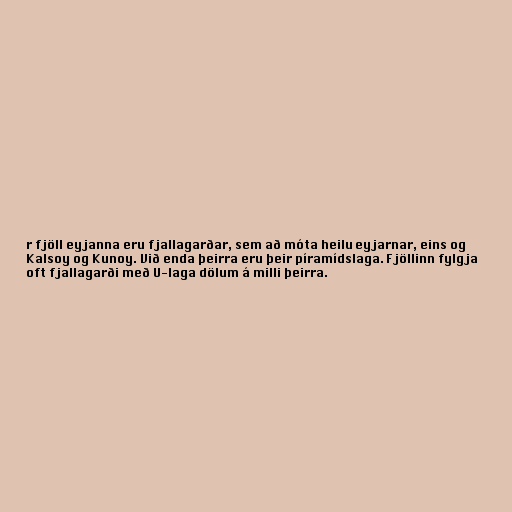
r fjöll eyjanna eru fjallagarðar, sem að móta heilu eyjarnar, eins og
Kalsoy og Kunoy. Við enda þeirra eru þeir píramídslaga. Fjöllinn fylgja
oft fjallagarði með U-laga dölum á milli þeirra.